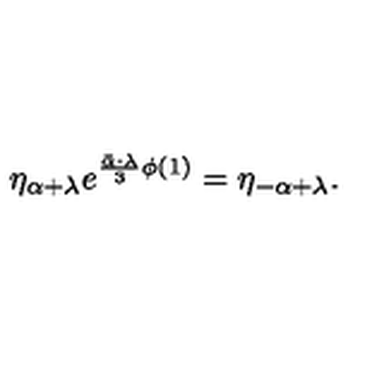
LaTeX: \eta _ { \alpha + \lambda } e ^ { { \frac { \bar { \alpha } \cdot \lambda } { 3 } } \phi ( 1 ) } = \eta _ { - \alpha + \lambda } .